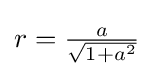
r={\tfrac {a}{\sqrt {1+a^{2}}}}\